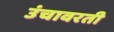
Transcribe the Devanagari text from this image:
उंचावरती